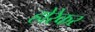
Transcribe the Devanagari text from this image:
होरेकर